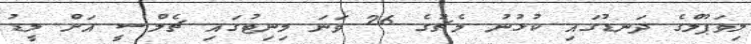
ލިވަޕޫލްގެ ދަނޑުގައި ކުޅުނު މެޗުގެ 26 ވަނަ މިނިޓުގައި ޗެލްސީ އަށް ލީޑު